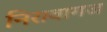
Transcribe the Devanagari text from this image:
निरावागज